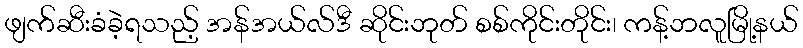
ဖျက်ဆီးခံခဲ့ရသည့် အန်အယ်လ်ဒီ ဆိုင်းဘုတ် စစ်ကိုင်းတိုင်း၊ ကန့်ဘလူမြို့နယ်